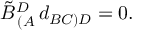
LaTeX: \tilde { B } _ { \, ( A } ^ { D } \, d _ { B C ) D } = 0 .